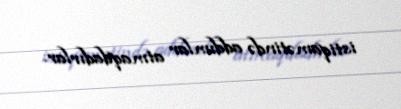
istiqamətində addımlar atmaqdadırlar.